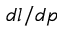
d l / d p